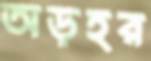
অড়হর